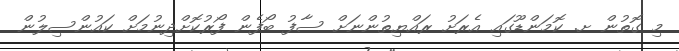
މި ގޮތުން ށ. ކޮމަންޑޫގައި އެރަށު ރައްޔިތުންނަށް ސާފު ބޯފެން ފޯރުކޮށްދިނުމަށް ކައުންސިލުން